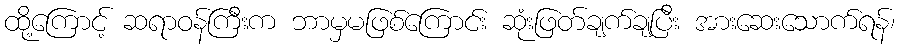
ထို့ကြောင့် ဆရာဝန်ကြီးက ဘာမှမဖြစ်ကြောင်း ဆုံးဖြတ်ချက်ချပြီး အားဆေးသောက်ရန်၊